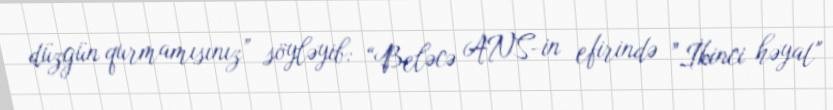
düzgün qurmamısınız” söyləyib: “Beləcə ANS-in efirində ”İkinci həyat"